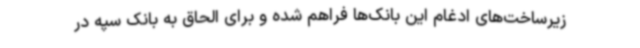
زیرساخت‌های ادغام این بانک‌ها فراهم شده و برای الحاق به بانک سپه در